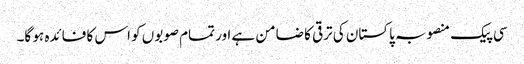
سی پیک منصوبہ پاکستان کی ترقی کا ضامن ہے اور تمام صوبوں کو اس کا فائدہ ہو گا۔